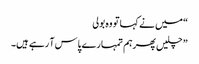
“ میں نے کہا تو وہ بولی
” چلیں پھرہم تمہارے پاس آ رہے ہیں۔